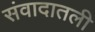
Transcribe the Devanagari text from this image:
संवादातली